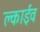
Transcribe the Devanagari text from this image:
क्लाईव